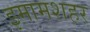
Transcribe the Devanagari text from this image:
इमामशहर